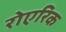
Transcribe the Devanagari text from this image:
रोएरिक